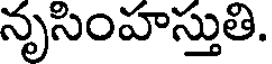
నృసింహస్తుతి.